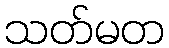
သတ်မတ